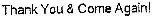
THANK YOU & COME AGAIN!